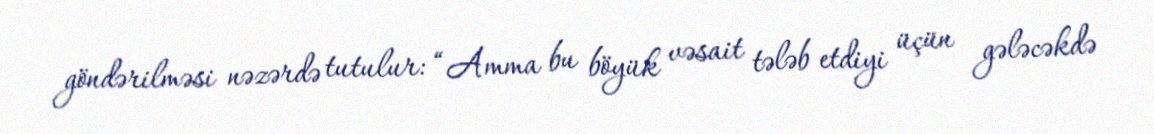
göndərilməsi nəzərdə tutulur: “Amma bu böyük vəsait tələb etdiyi üçün gələcəkdə